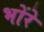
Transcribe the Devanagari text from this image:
भोंरे